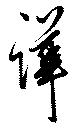
譁